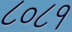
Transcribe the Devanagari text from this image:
८०८१